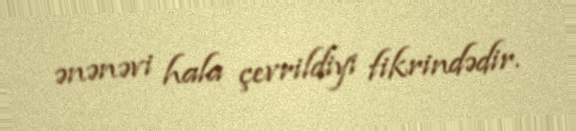
ənənəvi hala çevrildiyi fikrindədir.